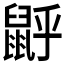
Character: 𪕉